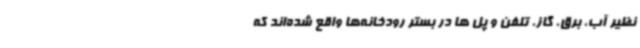
نظیر آب، برق، گاز، تلفن و پل ها در بستر رودخانه‌ها واقع شده‌اند که